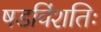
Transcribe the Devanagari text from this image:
षडविंशतिः